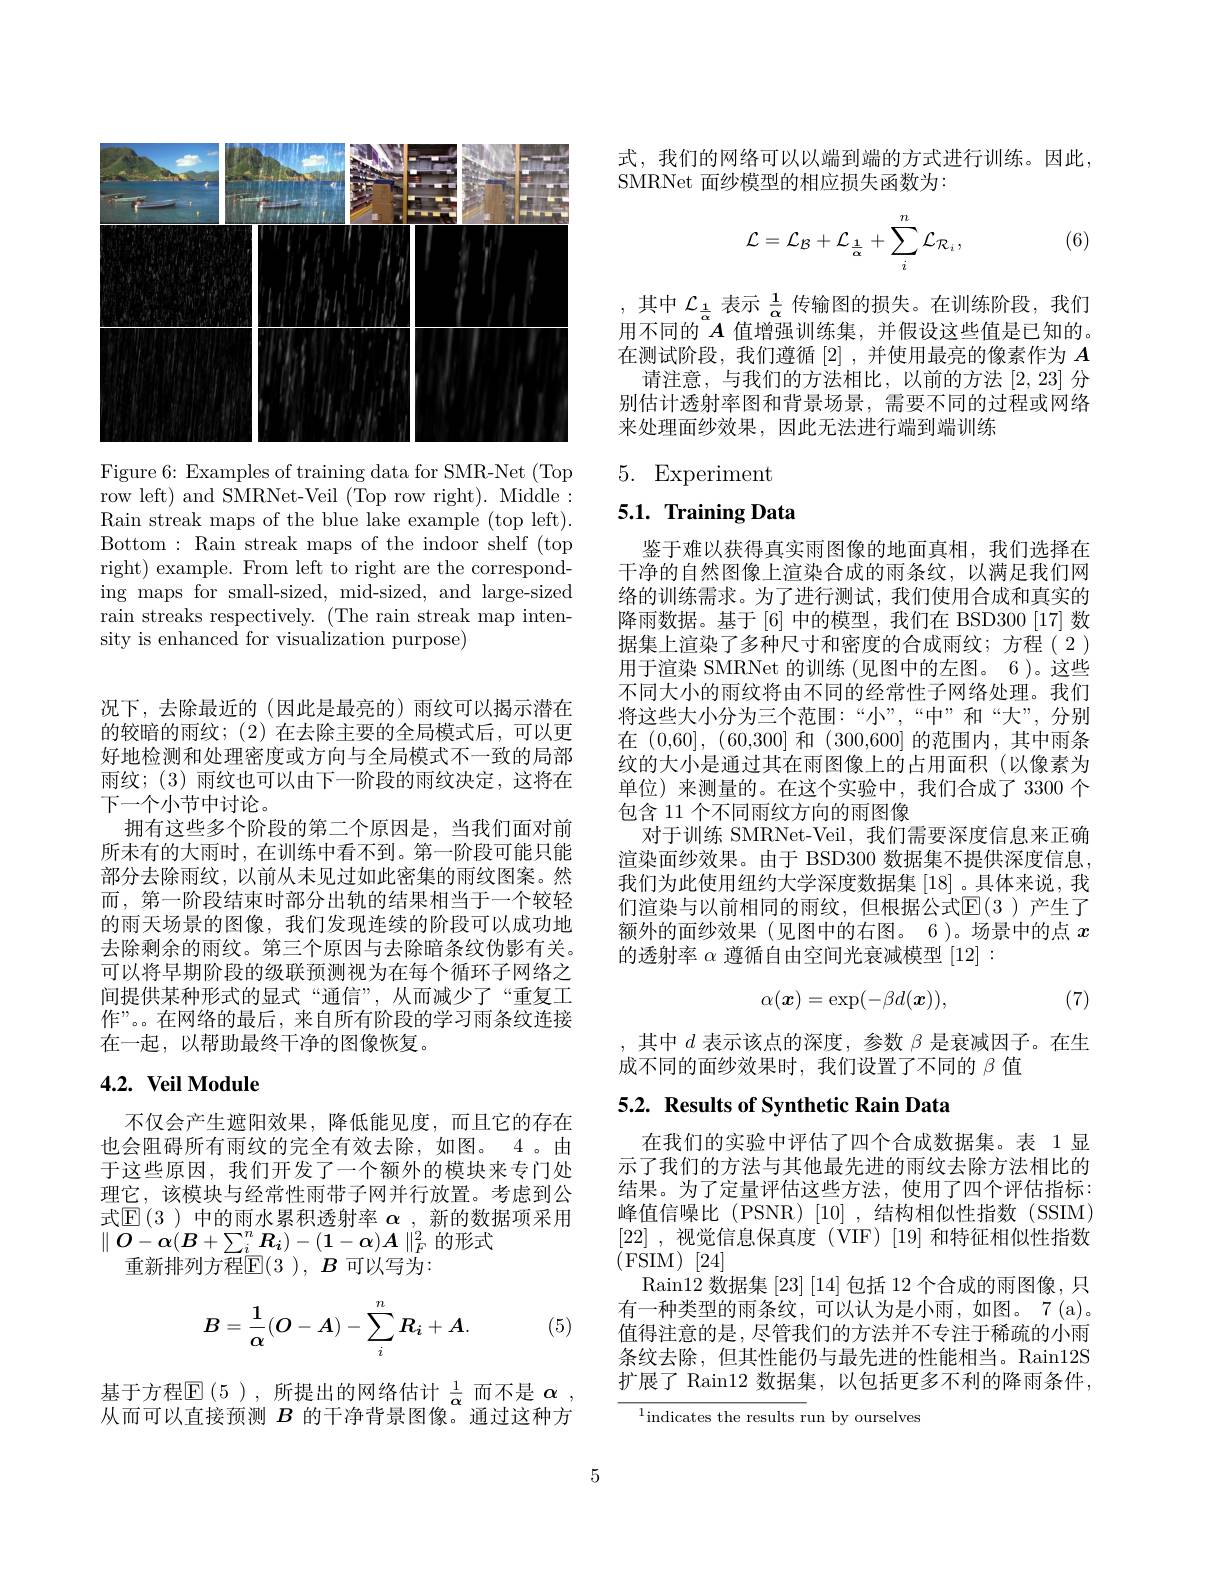
<FigureHere>

Figure 6: Examples of training data for SMR-Net (Top row left) and SMRNet-Veil (Top row right). Middle: Rain streak maps of the blue lake example (top left). Bottom: Rain streak maps of the indoor shelf (top right) example. From left to right are the corresponding maps for small-sized, mid-sized, and large-sized rain streaks respectively. (The rain streak map intensity is enhanced for visualization purpose)

况下，去除最近的(因此是最亮的)雨纹可以揭示潜在的较暗的雨纹；(2)在去除主要的全局模式后，可以更好地检测和处理密度或方向与全局模式不一致的局部雨纹；(3) 雨纹也可以由下一阶段的雨纹决定，这将在下一个小节中讨论。
拥有这些多个阶段的第二个原因是，当我们面对前所未有的大雨时，在训练中看不到。第一阶段可能只能部分去除雨纹，以前从未见过如此密集的雨纹图案。然而，第一阶段结束时部分出轨的结果相当于一个较轻的雨天场景的图像，我们发现连续的阶段可以成功地去除剩余的雨纹。第三个原因与去除暗条纹伪影有关。可以将早期阶段的级联预测视为在每个循环子网络之间提供某种形式的显式“通信”,从而减少了“重复工作”。。在网络的最后，来自所有阶段的学习雨条纹连接在一起，以帮助最终干净的图像恢复。

## $4. 2. \textbf{ Veil Module}$

不仅会产生遮阳效果，降低能见度，而且它的存在也会阻碍所有雨纹的完全有效去除，如图。4。由于这些原因，我们开发了一个额外的模块来专门处理它，该模块与经常性雨带子网并行放置。考虑到公式$\mathbb{E}(3$ )中的雨水累积透射率 $\alpha$ , 新的数据项采用$\parallel O-\boldsymbol{\alpha}(\boldsymbol{B}+\sum_i^n\boldsymbol{R}_i)-(\boldsymbol{1}-\boldsymbol{\alpha})\boldsymbol{A}\parallel_F^2$的形式
重新排列方程$\mathbb{E}(3),B$可以写为：
$$B=\dfrac{1}{\alpha}(O-A)-\sum_i^nR_i+A.$$
(5)

基于方程$\mathbb{E}(5)$,所提出的网络估计$\frac1\alpha$ 而不是 $\alpha$ 从而可以直接预测$B$的干净背景图像。通过这种方

式，我们的网络可以以端到端的方式进行训练。因此，
SMRNet 面纱模型的相应损失函数为：
$$\mathcal{L}=\mathcal{L}_{\mathcal{B}}+\mathcal{L}_{\frac{1}{\alpha}}+\sum_{i}^{n}\mathcal{L}_{\mathcal{R}_{i}},$$
(6)

,其中$\mathcal{L}_{\frac1\alpha}$表示$\frac1\alpha$传输图的损失。在训练阶段，我们用不同的$A$值增强训练集，并假设这些值是已知的。在测试阶段，我们遵循[2] ,并使用最亮的像素作为$A$
请注意，与我们的方法相比，以前的方法[2,23]分别估计透射率图和背景场景，需要不同的过程或网络来处理面纱效果，因此无法进行端到端训练

# 5. Experiment

## 5.1. Training Data

鉴于难以获得真实雨图像的地面真相，我们选择在干净的自然图像上渲染合成的雨条纹，以满足我们网络的训练需求。为了进行测试，我们使用合成和真实的降雨数据。基于[6] 中的模型，我们在 BSD300 [17] 数据集上渲染了多种尺寸和密度的合成雨纹；方程(2) 用于渲染 SMRNet 的训练 (见图中的左图。6)。这些不同大小的雨纹将由不同的经常性子网络处理。我们将这些大小分为三个范围：“小”,“中”和“大”,分别在(0,60],(60,300]和(300,600]的范围内，其中雨条纹的大小是通过其在雨图像上的占用面积(以像素为单位)来测量的。在这个实验中，我们合成了 3300 个包含 11 个不同雨纹方向的雨图像
对于训练 SMRNet-Veil, 我们需要深度信息来正确渲染面纱效果。由于 BSD300 数据集不提供深度信息， 我们为此使用纽约大学深度数据集[18] 。具体来说，我们渲染与以前相同的雨纹，但根据公式$\mathbb{E}(3)$产生了额外的面纱效果(见图中的右图。6)。场景中的点$x$ 的透射率$\alpha$遵循自由空间光衰减模型[12]:
$$\alpha(\boldsymbol{x})=\exp(-\beta d(\boldsymbol{x})),$$
(7)

,其中$d$表示该点的深度，参数$\beta$是衰减因子。在生
成不同的面纱效果时，我们设置了不同的$\beta$值

## 5.2. Results of Synthetic Rain Data

在我们的实验中评估了四个合成数据集。表 1 显示了我们的方法与其他最先进的雨纹去除方法相比的结果。为了定量评估这些方法，使用了四个评估指标： 峰值信噪比(PSNR)[10],结构相似性指数(SSIM) [22] ,视觉信息保真度 (VIF) [19] 和特征相似性指数$( {\dot{\mathrm{FSIM}} })$ [24]
$\operatorname{Rain12}$数据集 [23] [14] 包括 12 个合成的雨图像，只有一种类型的雨条纹，可以认为是小雨，如图。7(a)。值得注意的是 , 尽管我们的方法并不专注于稀疏的小雨条纹去除，但其性能仍与最先进的性能相当。Rain12S 扩展了 Rain12 数据集，以包括更多不利的降雨条件，

${^{1}\text{indicates the results r}}$un by ourselves

5